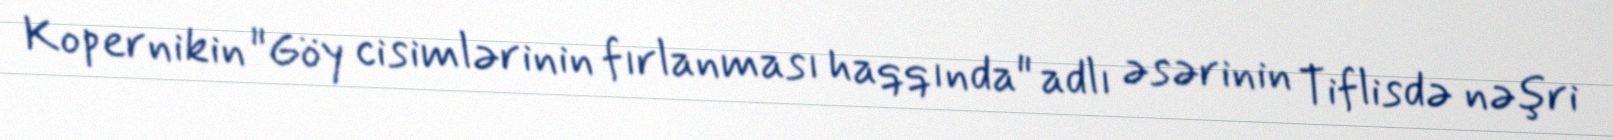
Kopernikin "Göy cisimlərinin fırlanması haqqında" adlı əsərinin Tiflisdə nəşri